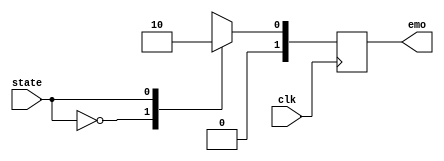
module SM1068_elec_mag(
input state,
output [1:0] emo,
input clk

);
 
parameter PICK = 0, DROP = 1;
reg [1:0]em ;
//reg stat=PICK;


	always @(posedge clk) begin
		case(state)
			PICK : begin
					 em[0] <= 1'b1 ;
					 em[1] <= 1'b0 ;
			       end
			
			DROP : begin
				    em[0] <= 1'b0 ;
					 em[1] <= 1'b0 ;
				    end
	   endcase
	end
	assign emo = em;
	
endmodule